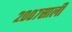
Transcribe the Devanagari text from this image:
२००७साली